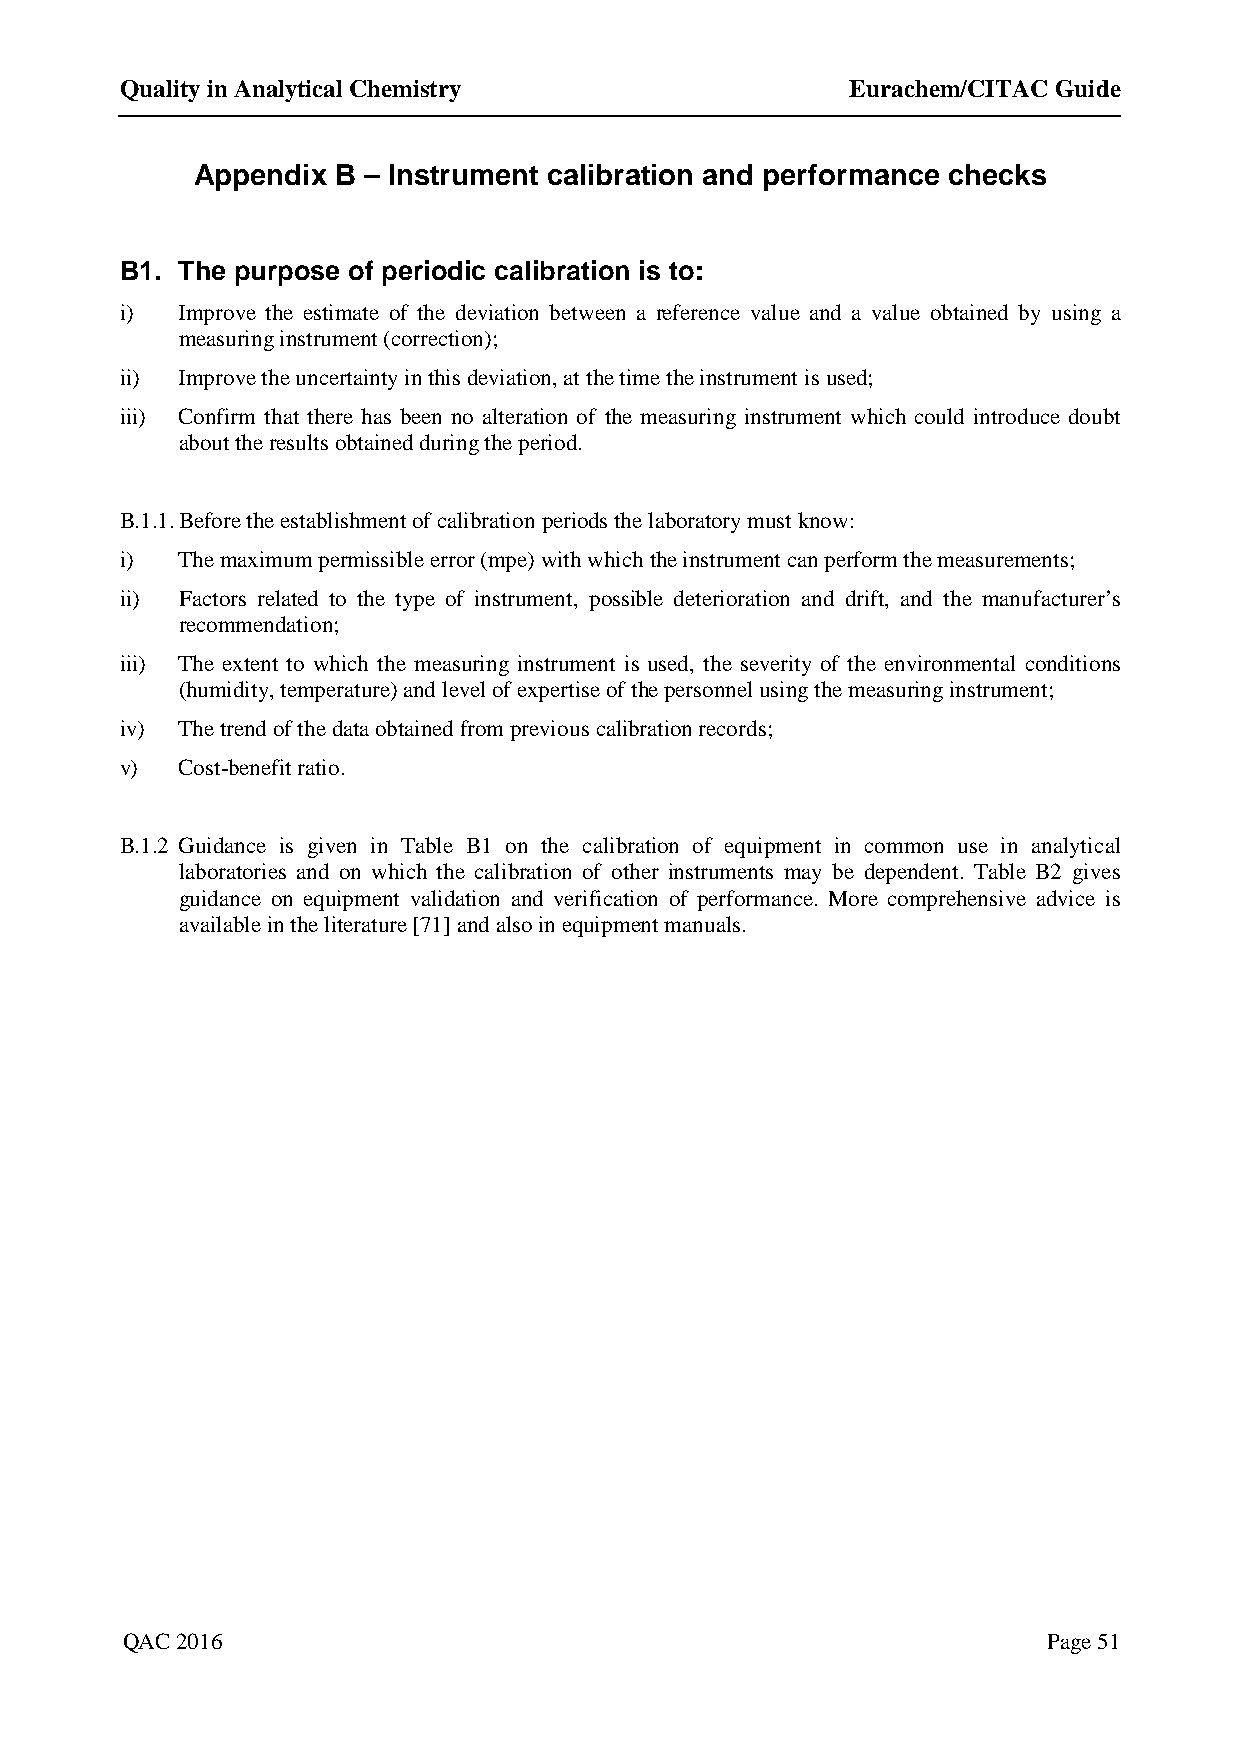
Quality in Analytical Chemistry                 Eurachem/CITAC Guide
 Appendix B – Instrument calibration and performance checks
 B1. The purpose of periodic calibration is to:
 i)  Improve the estimate of the deviation between a reference value and a value obtained by using a
 measuring instrument (correction);
 ii) Improve the uncertainty in this deviation, at the time the instrument is used;
 iii) Confirm that there has been no alteration of the measuring instrument which could introduce doubt
 about the results obtained during the period.
 B.1.1. Before the establishment of calibration periods the laboratory must know:
 i)  The maximum permissible error (mpe) with which the instrument can perform the measurements;
 ii) Factors related to the type of instrument, possible deterioration and drift, and the manufacturer’s
 recommendation;
 iii) The extent to which the measuring instrument is used, the severity of the environmental conditions
 (humidity, temperature) and level of expertise of the personnel using the measuring instrument;
 iv) The trend of the data obtained from previous calibration records;
 v)  Cost-benefit ratio.
 B.1.2 Guidance is given in Table B1 on the calibration of equipment in common use in analytical
 laboratories and on which the calibration of other instruments may be dependent. Table B2 gives
 guidance on equipment validation and verification of performance. More comprehensive advice is
 available in the literature [71] and also in equipment manuals.
 QAC 2016                                                     Page 51